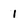
Character: I